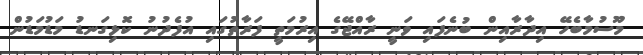
މޫސުމާބެހޭ އިދާރާއިން ބުނެފައި ވަނީ ރާއްޖޭގެ އިރުމަތީ ފަރާތުގައި އުފެދުނު ކޮޅިގަނޑު މަޑުމަޑުން